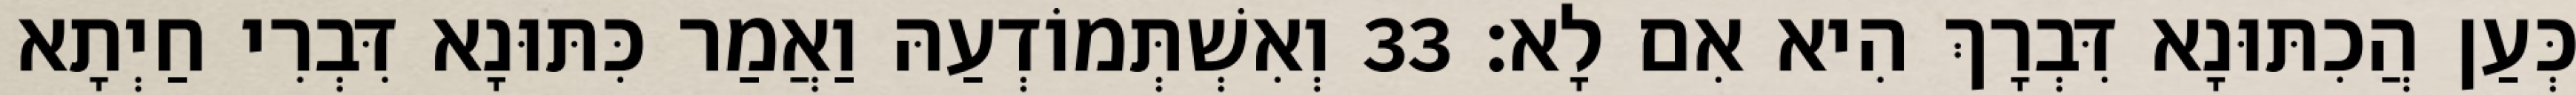
כְּעַן הֲכִתּוּנָא דִּבְרָךְ הִיא אִם לָא׃ 33 וְאִשְׁתְּמוֹדְעַהּ וַאֲמַר כִּתּוּנָא דִּבְרִי חַיְתָא